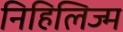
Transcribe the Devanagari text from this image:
निहिलिज्म